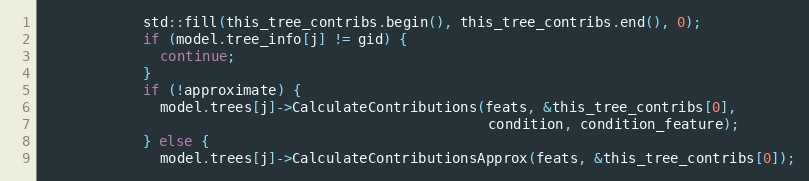
Language: C++
            std::fill(this_tree_contribs.begin(), this_tree_contribs.end(), 0);
            if (model.tree_info[j] != gid) {
              continue;
            }
            if (!approximate) {
              model.trees[j]->CalculateContributions(feats, &this_tree_contribs[0],
                                                     condition, condition_feature);
            } else {
              model.trees[j]->CalculateContributionsApprox(feats, &this_tree_contribs[0]);